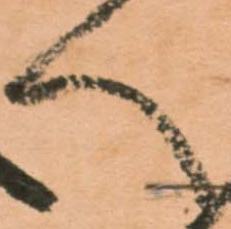
へ